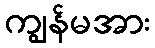
ကျွန်မအား